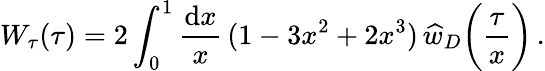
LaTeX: W_{\tau}(\tau)=2\int_{0}^{1}{\frac{\mathrm{d}x}{x}}\, (1-3x^{2}+2x^{3})\, \widehat w_{D}\bigg({\frac{\tau}{x}}\bigg)\, .